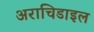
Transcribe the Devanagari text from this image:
अराचिडाइल